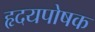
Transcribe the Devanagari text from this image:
हृदयपोषक